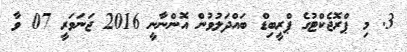
3. މި ޕްރޮޖެކްޓުގެ ޕްރީބިޑް ބައްދަލުވުން އޮންނާނީ 2016 ޖަނަވަރީ 07 ވާ